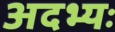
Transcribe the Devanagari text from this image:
अदभ्यः